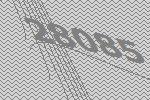
28085